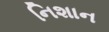
નિશાન